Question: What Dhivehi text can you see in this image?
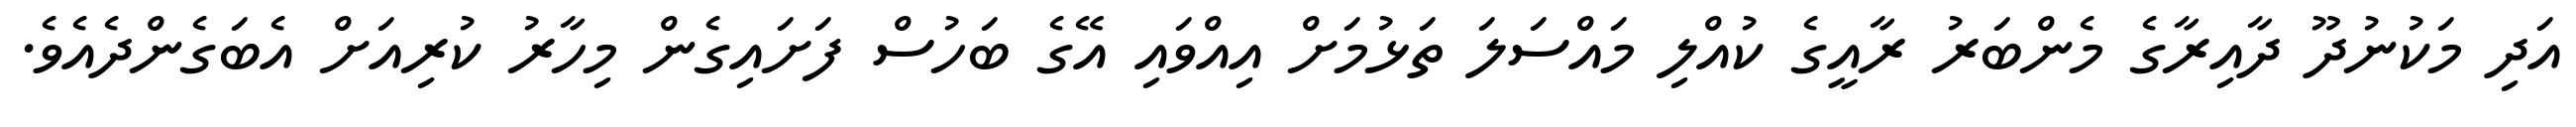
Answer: އަދި މަކުނުދޫ ދާއިރާގެ މެންބަރު ރާއީގެ ކުއްލި މައްސަލަ ތަޅުމަށް އިއްވައި އޭގެ ބަހުސް ފަށައިގެން މިހާރު ކުރިއަށް އެބަގެންދެއެވެ.